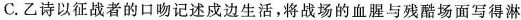
C.乙诗以征战者的口吻记述戍边生活，将战场的血腥与残酷场面写得淋